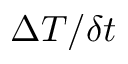
\Delta T / \delta t